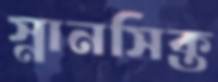
স্নানসিক্ত